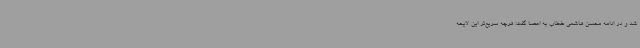
شد و در ادامه محسن هاشمی خطاب به اعضا گفت: هرچه سریع‌تر این لایحه